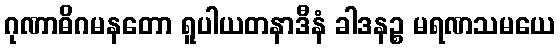
ဂုဏာဓိဂမနတော ရူပါယတနာဒီနံ ခါဒနဉ္စ မရဏသမယေ